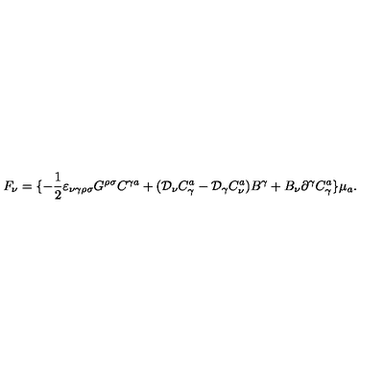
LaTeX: F _ { \nu } = \{ - \frac { 1 } { 2 } \varepsilon _ { \nu \gamma \rho \sigma } G ^ { \rho \sigma } C ^ { \gamma a } + ( { \cal D } _ { \nu } C _ { \gamma } ^ { a } - { \cal D } _ { \gamma } C _ { \nu } ^ { a } ) B ^ { \gamma } + B _ { \nu } \partial ^ { \gamma } C _ { \gamma } ^ { a } \} \mu _ { a } .